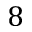
8